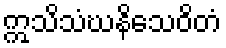
ဣသိသံဃနိသေဝိတံ